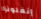
إنفلونزا